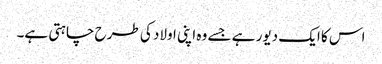
اس کا ایک دیور ہے جسے وہ اپنی اولاد کی طرح چاہتی ہے۔